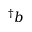
^ { \dag } b